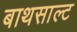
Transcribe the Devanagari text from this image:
बाथसाल्ट